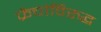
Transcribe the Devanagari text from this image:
फ्रेंचांविरुद्ध